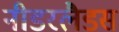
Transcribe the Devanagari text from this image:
नीडरलैडस